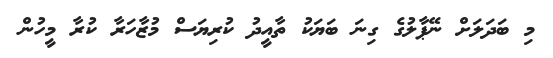
މި ބަދަލަށް ނޭޕާލުގެ ގިނަ ބަޔަކު ތާއީދު ކުރިޔަސް މުޒާހަރާ ކުރާ މީހުން